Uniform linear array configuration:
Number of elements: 4
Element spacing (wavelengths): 0.25
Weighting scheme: binomial
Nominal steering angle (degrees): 45
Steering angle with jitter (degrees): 43.131
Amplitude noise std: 0.05
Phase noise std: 0.05

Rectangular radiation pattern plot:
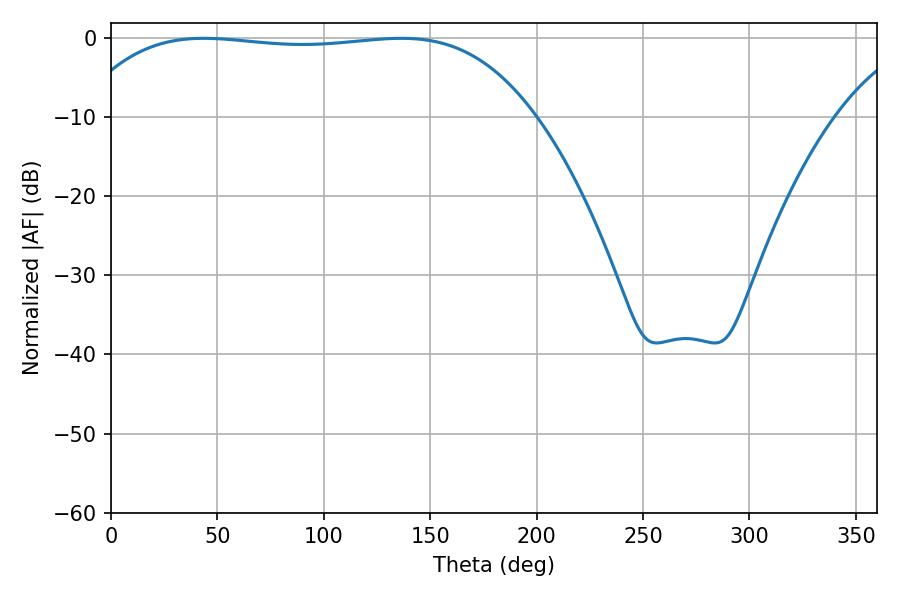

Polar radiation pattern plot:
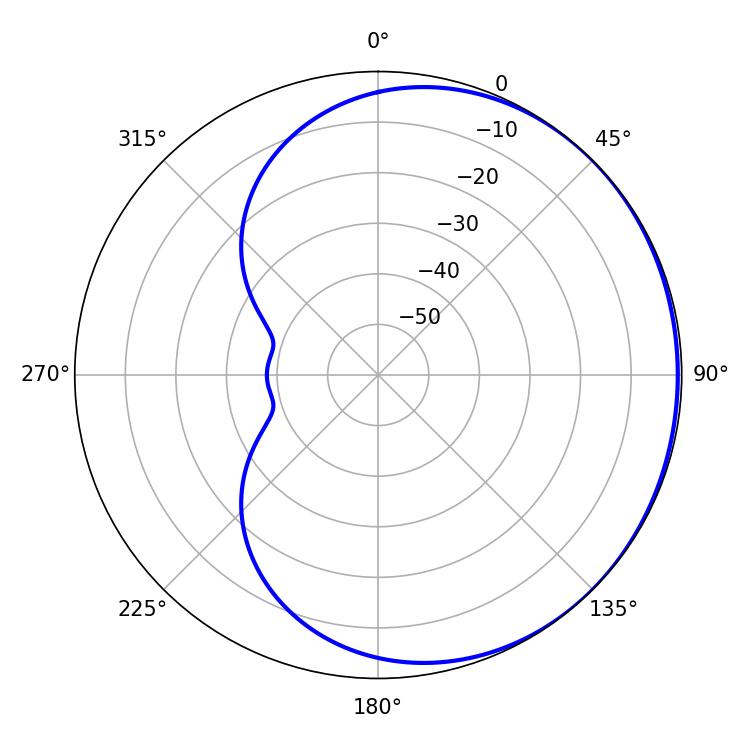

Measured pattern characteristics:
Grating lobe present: FALSE
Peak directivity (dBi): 0.5506
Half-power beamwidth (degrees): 169.2
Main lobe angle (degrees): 43.56